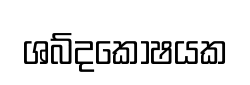
ශබ්දකෝෂයක